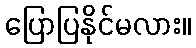
ပြောပြနိုင်မလား။